Scottish Certificate of Education, 1962
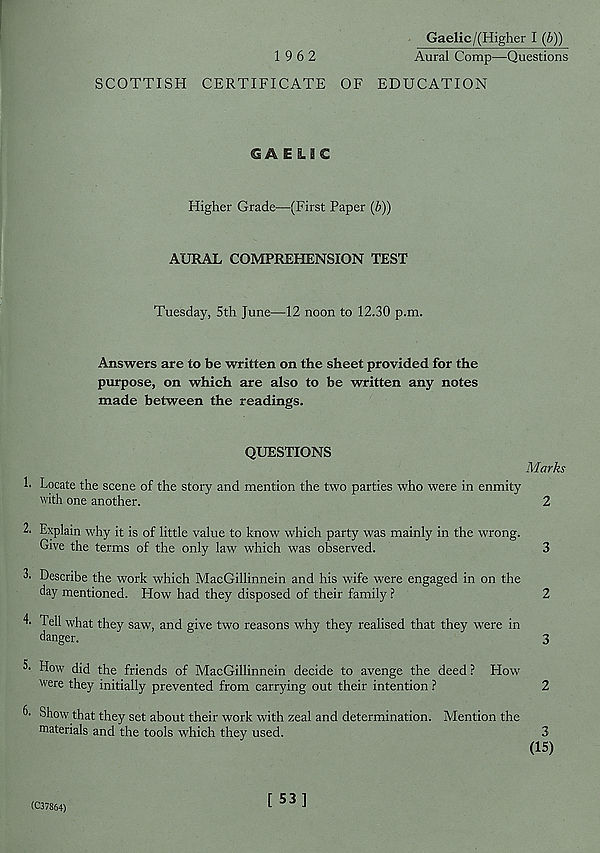
Gaelic/(Higher I (b))
1 9 6 2
Aural Comp—Questions
SCOTTISH CERTIFICATE OF EDUCATION
GAELIC
Higher Grade—(First Paper (b))
AURAL COMPREHENSION TEST
Tuesday, 5th June—12 noon to 12.30 p.m.
Answers are to be written on the sheet provided for the
purpose, on which are also to be written any notes
made between the readings.
1.
QUESTIONS
Marks
Locate the scene of the story and mention the two parties who were in enmity
with one another.
2
2. Explain why it is of little value to know which party was mainly in the wrong.
Give the terms of the only law which was observed.
3
3. Describe the work which MacGillinnein and his wife were engaged in on the
day mentioned. How had they disposed of their family ?
2
4' Tell what they saw, and give two reasons why they realised that they were in
danger.
3
3- How did the friends of MacGillinnein decide to avenge the deed ? How
were they initially prevented from carrying out their intention ?
2
G Show that they set about their work with zeal and determination. Mention the
materials and the tools which they used.
3
(15)
(C37864)
[ 53]